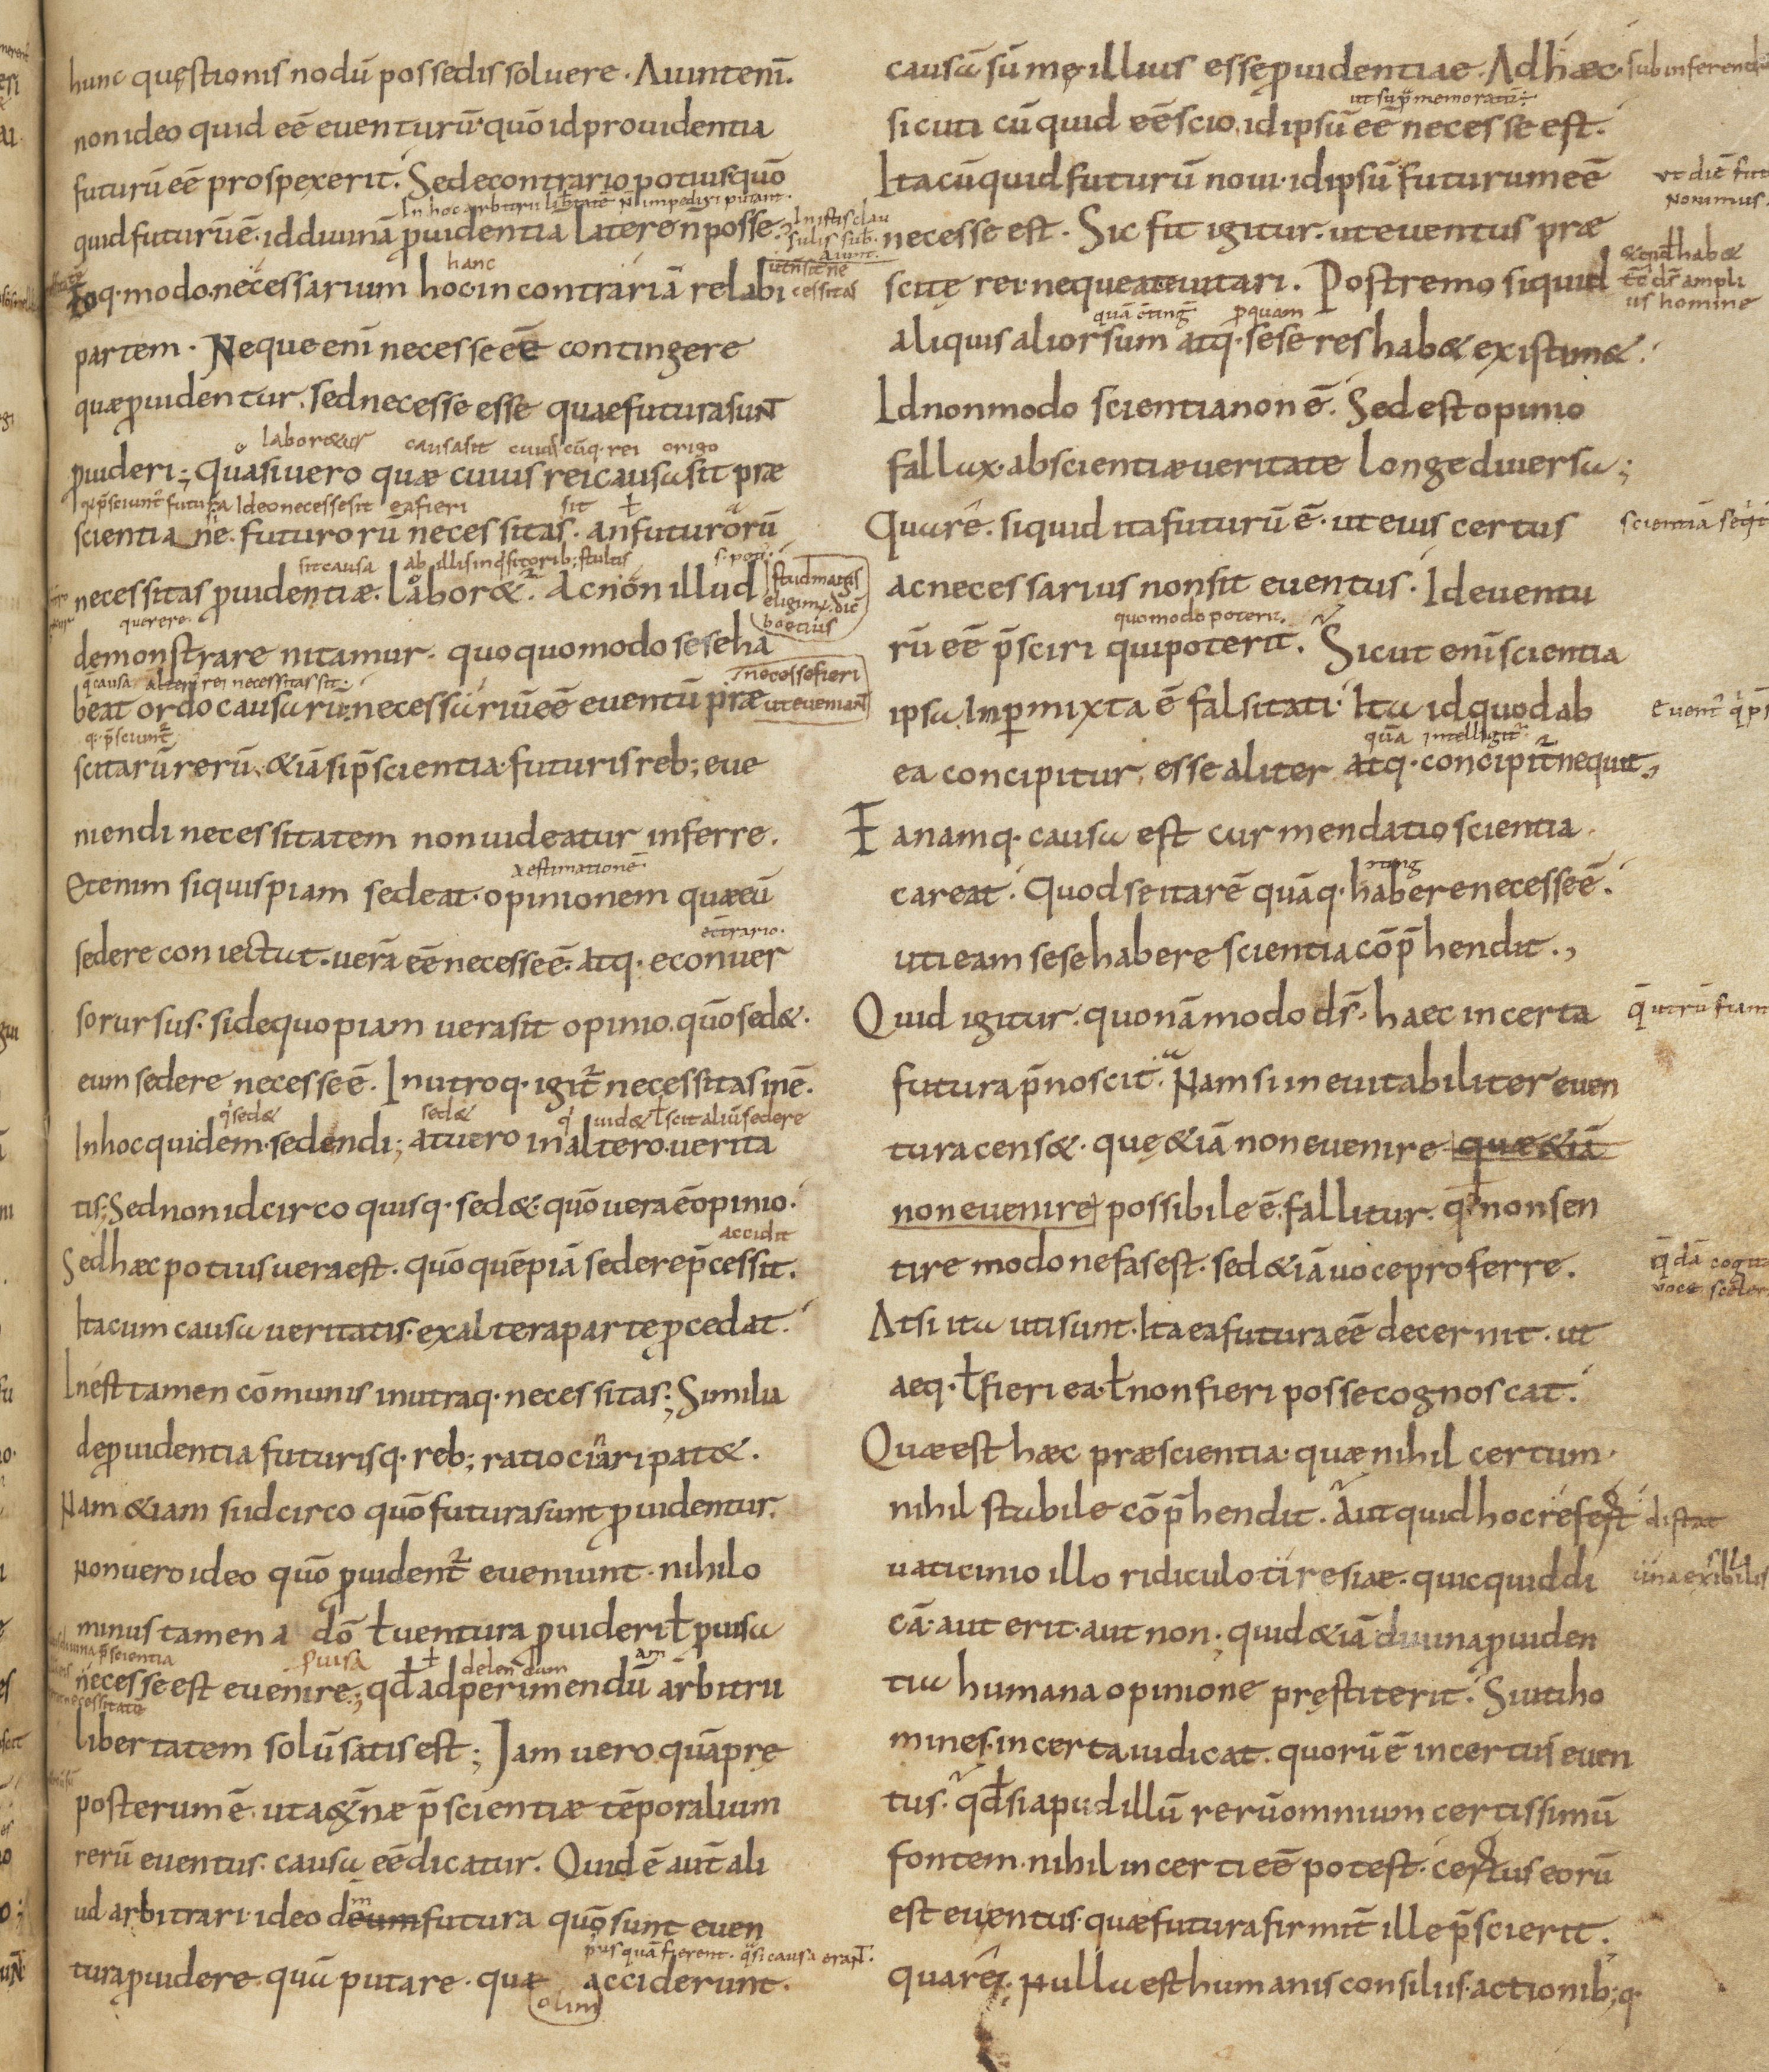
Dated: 833–999